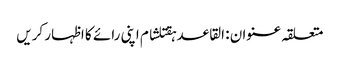
متعلقہ عنوان : القاعدہقتلشام اپنی رائے کا اظہار کریں